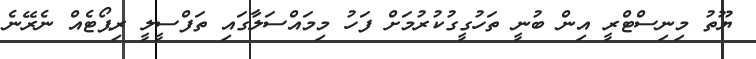
ޔޫތު މިނިސްޓްރީ އިން ބުނީ ތަހުގީގުކުރުމަށް ފަހު މިމައްސަލާގައި ތަފްސީލީ ރިޕޯޓެއް ނެރޭނެ